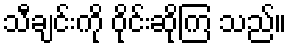
သီချင်းကို ဝိုင်းဆိုကြ သည်။